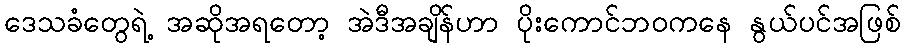
ဒေသခံတွေရဲ့ အဆိုအရတော့ အဲဒီအချိန်ဟာ ပိုးကောင်ဘဝကနေ နွယ်ပင်အဖြစ်